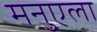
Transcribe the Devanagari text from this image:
मनुएला